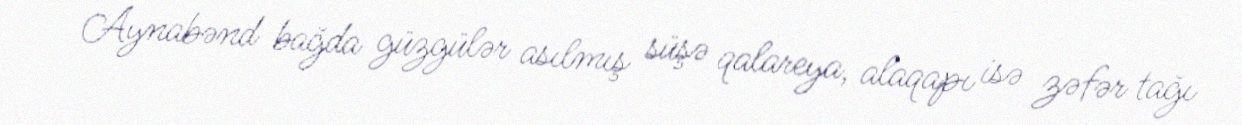
Aynabənd bağda güzgülər asılmış süşə qalareya, alaqapı isə zəfər tağı